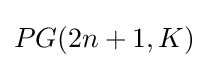
PG(2n+1,K)